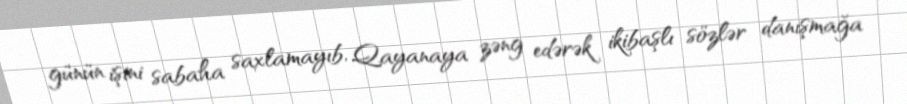
günün işini sabaha saxlamayıb, Qayanaya zəng edərək ikibaşlı sözlər danışmağa